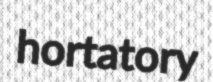
hortatory